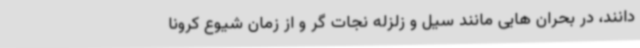
دانند، در بحران هایی مانند سیل و زلزله نجات گر و از زمان شیوع کرونا